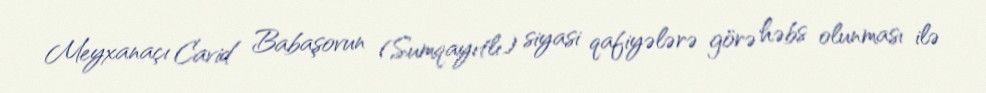
Meyxanaçı Cavid Babaşovun (Sumqayıtlı) siyasi qafiyələrə görə həbs olunması ilə